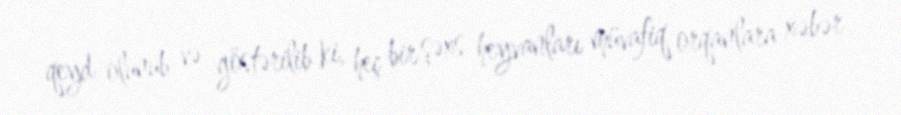
qeyd olunub və göstərilib ki, heç bir şəxs heyvanları müvafiq orqanlara xəbər